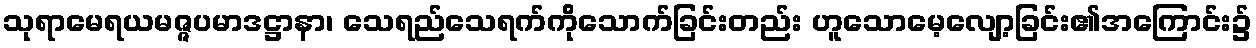
သုရာမေရယမဇ္ဇပမာဒဋ္ဌာနာ၊ သေရည်သေရက်ကိုသောက်ခြင်းတည်း ဟူသောမေ့လျော့ခြင်း၏အကြောင်း၌